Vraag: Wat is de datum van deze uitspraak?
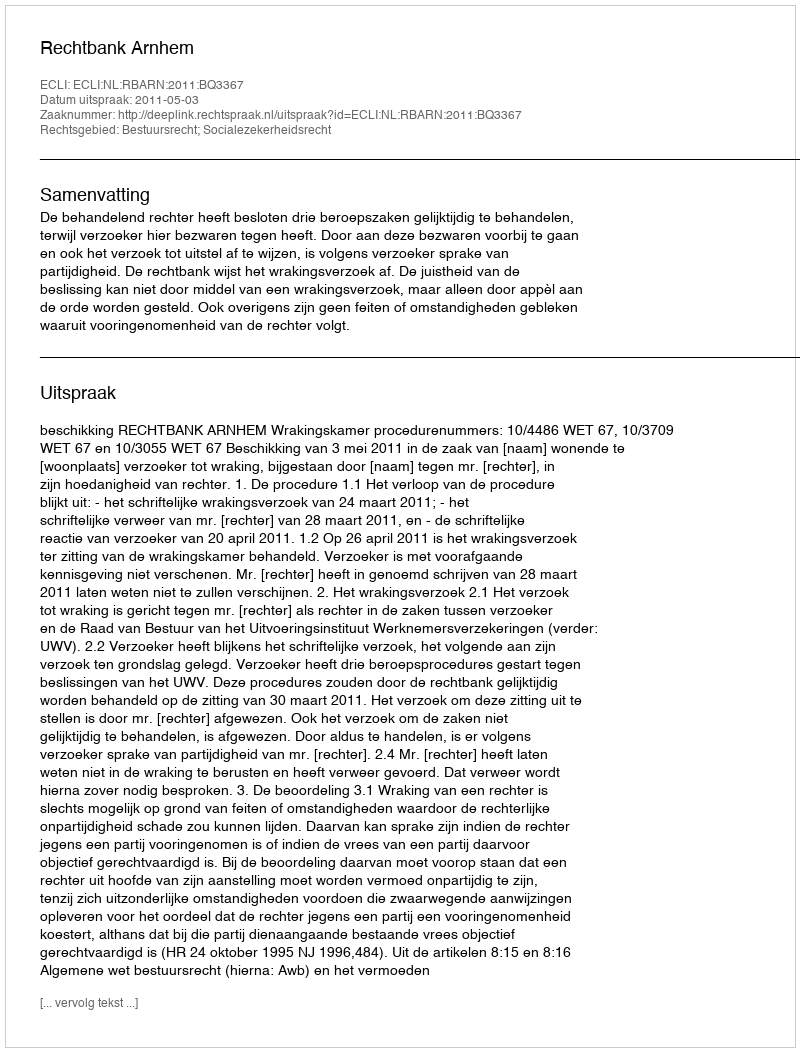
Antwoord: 2011-05-03